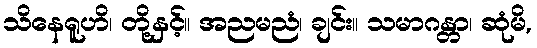
သိနေရူဟိ၊ တို့နှင့်။ အညမညံ၊ ချင်း။ သမာဂန္တာ၊ ဆုံမိ,